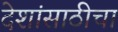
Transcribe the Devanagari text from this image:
देशांसाठीचा